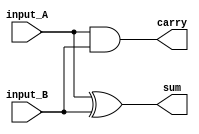
module half_Adder_behave(sum,carry,input_A,input_B);
input input_A;
input input_B;
output reg sum,carry;
always@(input_A,input_B)
 begin
   sum=input_A^input_B;
	carry=input_A&input_B;
 end
 
 endmodule